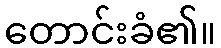
တောင်းခံ၏။